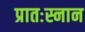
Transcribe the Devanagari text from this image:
प्रातःस्नान